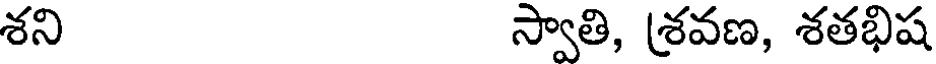
శని స్వాతి, శ్రవణ, శతభిష